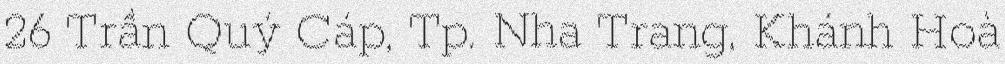
26 Trần Quý Cáp, Tp. Nha Trang, Khánh Hoà